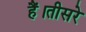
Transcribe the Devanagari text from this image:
हैं।तीसरे